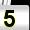
Digit: 5